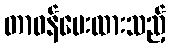
တာဝန်ပေးထားသည့်